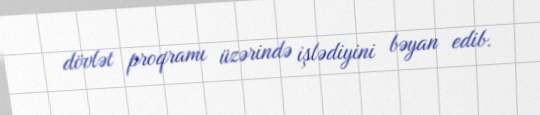
dövlət proqramı üzərində işlədiyini bəyan edib.